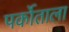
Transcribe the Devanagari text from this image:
पर्कोताला